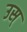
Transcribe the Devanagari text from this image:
उस्